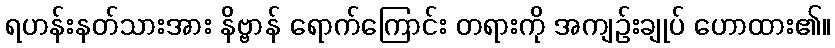
ရဟန်းနတ်သားအား နိဗ္ဗာန် ရောက်ကြောင်း တရားကို အကျဉ်းချုပ် ဟောထား၏။